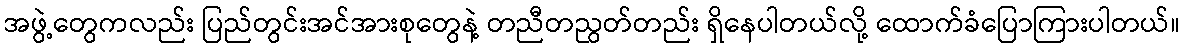
အဖွဲ့တွေကလည်း ပြည်တွင်းအင်အားစုတွေနဲ့ တညီတညွတ်တည်း ရှိနေပါတယ်လို့ ထောက်ခံပြောကြားပါတယ်။